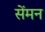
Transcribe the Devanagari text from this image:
सेंमन